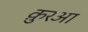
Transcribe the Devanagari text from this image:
क़ु़रआ